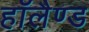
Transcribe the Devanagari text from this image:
हाॅलैण्ड